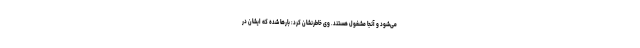
می‌شود و آنجا مشغول هستند. وی خاطرنشان کرد: بارها شده که ایشان در